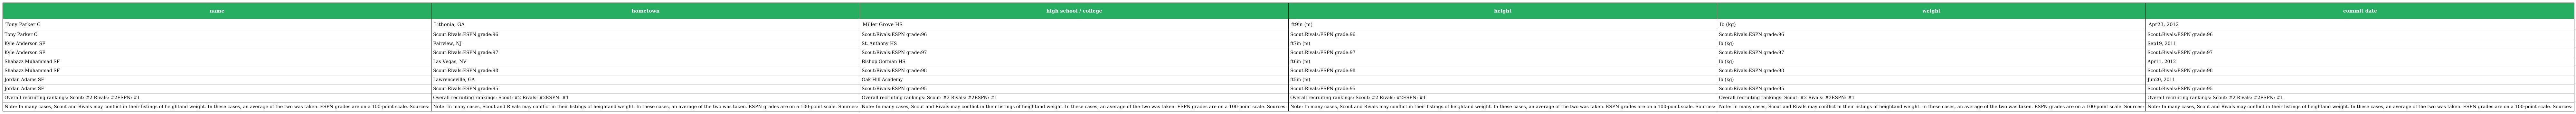
| name | hometown | high school / college | height | weight | commit date |
 | --- | --- | --- | --- | --- | --- |
 | Tony Parker C | Lithonia, GA | Miller Grove HS | ft9in (m) | lb (kg) | Apr23, 2012 |
 | Tony Parker C | Scout:Rivals:ESPN grade:96 | Scout:Rivals:ESPN grade:96 | Scout:Rivals:ESPN grade:96 | Scout:Rivals:ESPN grade:96 | Scout:Rivals:ESPN grade:96 |
 | Kyle Anderson SF | Fairview, NJ | St. Anthony HS | ft7in (m) | lb (kg) | Sep19, 2011 |
 | Kyle Anderson SF | Scout:Rivals:ESPN grade:97 | Scout:Rivals:ESPN grade:97 | Scout:Rivals:ESPN grade:97 | Scout:Rivals:ESPN grade:97 | Scout:Rivals:ESPN grade:97 |
 | Shabazz Muhammad SF | Las Vegas, NV | Bishop Gorman HS | ft6in (m) | lb (kg) | Apr11, 2012 |
 | Shabazz Muhammad SF | Scout:Rivals:ESPN grade:98 | Scout:Rivals:ESPN grade:98 | Scout:Rivals:ESPN grade:98 | Scout:Rivals:ESPN grade:98 | Scout:Rivals:ESPN grade:98 |
 | Jordan Adams SF | Lawrenceville, GA | Oak Hill Academy | ft5in (m) | lb (kg) | Jun20, 2011 |
 | Jordan Adams SF | Scout:Rivals:ESPN grade:95 | Scout:Rivals:ESPN grade:95 | Scout:Rivals:ESPN grade:95 | Scout:Rivals:ESPN grade:95 | Scout:Rivals:ESPN grade:95 |
 | Overall recruiting rankings: Scout: #2 Rivals: #2ESPN: #1 | Overall recruiting rankings: Scout: #2 Rivals: #2ESPN: #1 | Overall recruiting rankings: Scout: #2 Rivals: #2ESPN: #1 | Overall recruiting rankings: Scout: #2 Rivals: #2ESPN: #1 | Overall recruiting rankings: Scout: #2 Rivals: #2ESPN: #1 | Overall recruiting rankings: Scout: #2 Rivals: #2ESPN: #1 |
 | Note: In many cases, Scout and Rivals may conflict in their listings of heightand weight. In these cases, an average of the two was taken. ESPN grades are on a 100-point scale. Sources: | Note: In many cases, Scout and Rivals may conflict in their listings of heightand weight. In these cases, an average of the two was taken. ESPN grades are on a 100-point scale. Sources: | Note: In many cases, Scout and Rivals may conflict in their listings of heightand weight. In these cases, an average of the two was taken. ESPN grades are on a 100-point scale. Sources: | Note: In many cases, Scout and Rivals may conflict in their listings of heightand weight. In these cases, an average of the two was taken. ESPN grades are on a 100-point scale. Sources: | Note: In many cases, Scout and Rivals may conflict in their listings of heightand weight. In these cases, an average of the two was taken. ESPN grades are on a 100-point scale. Sources: | Note: In many cases, Scout and Rivals may conflict in their listings of heightand weight. In these cases, an average of the two was taken. ESPN grades are on a 100-point scale. Sources: |